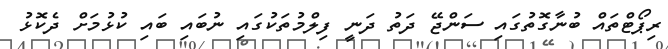
ރިޕޯޓްތައް ބުނާގޮތުގައި ސަންޖޭ ދަތު ދަނީ ފިލްމުތަކުގައި ނުބައި ބައި ކުޅުމަށް ދެކޮޅު